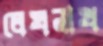
লেখনাথ